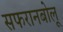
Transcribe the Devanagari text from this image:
सफरानबोलू